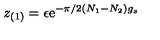
z _ { ( 1 ) } = \epsilon \mathrm { e } ^ { - \pi / 2 ( N _ { 1 } - N _ { 2 } ) g _ { s } }